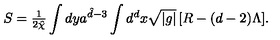
S = { \textstyle \frac { 1 } { 2 { \hat { \chi } } } } \int { d y a ^ { { \hat { d } } - 3 } } \int { d ^ { d } x \sqrt { | g | } \left[ R - ( d - 2 ) \Lambda \right] } .